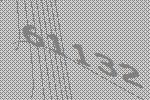
61132